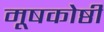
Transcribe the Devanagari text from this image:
मूषकोष्ठी